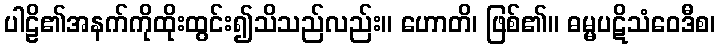
ပါဠိ၏အနက်ကိုထိုးထွင်း၍သိသည်လည်း။ ဟောတိ၊ ဖြစ်၏။ ဓမ္မပဋိသံဝေဒီစ၊